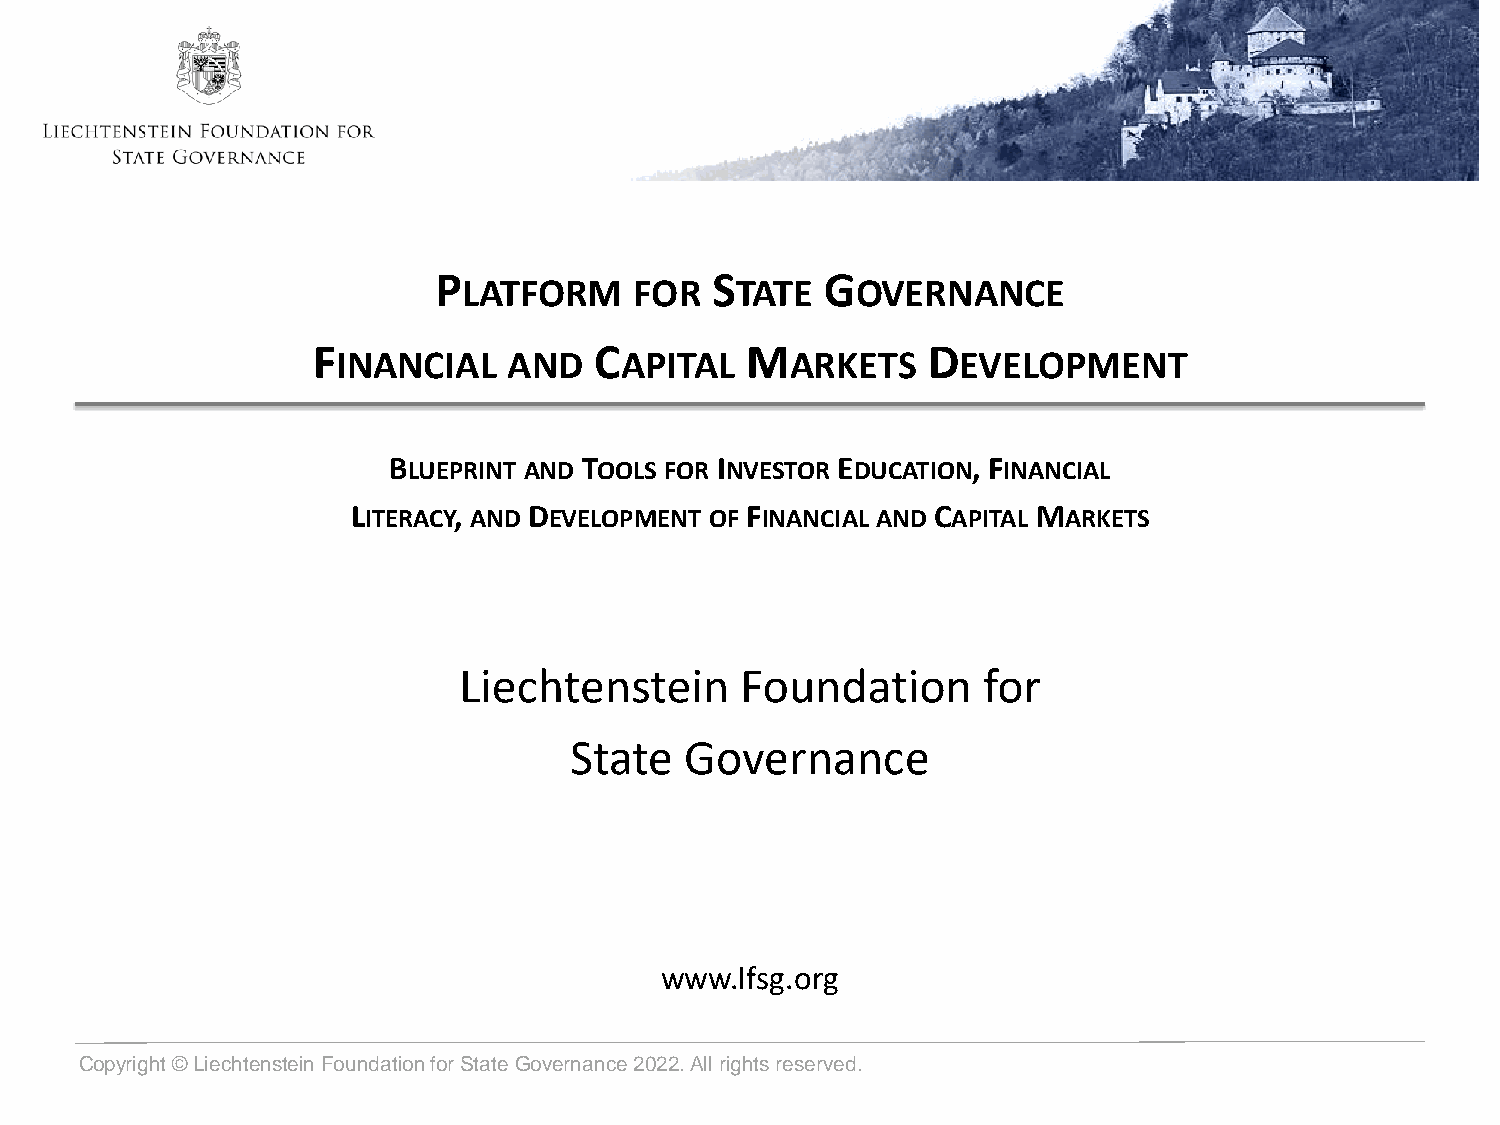
P                 S       G
 LATFORM    FOR    TATE    OVERNANCE
 F                 C         M           D
 INANCIAL    AND    APITAL     ARKETS      EVELOPMENT
 BLUEPRINT AND TOOLS FOR INVESTOR EDUCATION, FINANCIAL
 LITERACY, AND DEVELOPMENT OF FINANCIAL AND CAPITAL MARKETS
 Liechtenstein      Foundation      for
 State  Governance
 www.lfsg.org
 Copyright © Liechtenstein Foundation for State Governance2022. All rights reserved.